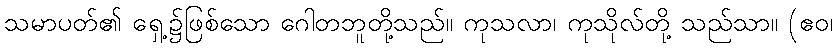
သမာပတ်၏ ရှေ့၌ဖြစ်သော ဂေါတဘူတို့သည်။ ကုသလာ၊ ကုသိုလ်တို့ သည်သာ။ (ဧဝ၊